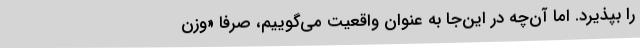
را بپذیرد. اما آن‌چه در این‌جا به عنوان واقعیت می‌گوییم،‌ صرفاً «وزن